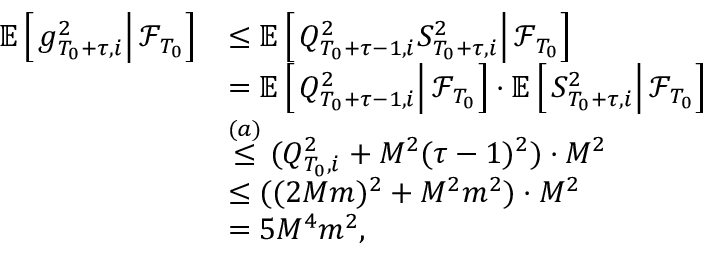
\begin{array} { r l } { \mathbb E \left[ \left. g _ { T _ { 0 } + \tau , i } ^ { 2 } \right\rvert \mathcal F _ { T _ { 0 } } \right] } & { \le \mathbb E \left[ \left. Q _ { T _ { 0 } + \tau - 1 , i } ^ { 2 } S _ { T _ { 0 } + \tau , i } ^ { 2 } \right\rvert \mathcal F _ { T _ { 0 } } \right] } \\ & { = \mathbb E \left[ \left. Q _ { T _ { 0 } + \tau - 1 , i } ^ { 2 } \right\rvert \mathcal F _ { T _ { 0 } } \right] \cdot \mathbb E \left[ \left. S _ { T _ { 0 } + \tau , i } ^ { 2 } \right\rvert \mathcal F _ { T _ { 0 } } \right] } \\ & { \stackrel { ( a ) } \le ( Q _ { T _ { 0 } , i } ^ { 2 } + M ^ { 2 } ( \tau - 1 ) ^ { 2 } ) \cdot M ^ { 2 } } \\ & { \le ( ( 2 M m ) ^ { 2 } + M ^ { 2 } m ^ { 2 } ) \cdot M ^ { 2 } } \\ & { = 5 M ^ { 4 } m ^ { 2 } , } \end{array}